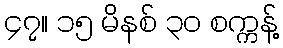
၄၇။ ၁၅ မိနစ် ၃၀ စက္ကန့်